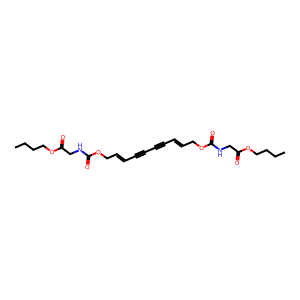
SMILES: CCCCOC(=O)CNC(=O)OCC=CC#CC#CC=CCOC(=O)NCC(=O)OCCCC
Inhibits HIV replication: No